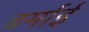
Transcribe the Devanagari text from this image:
बर्माई